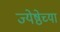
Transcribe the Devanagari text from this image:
ज्येष्ठेच्या